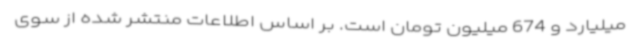
میلیارد و 674 میلیون تومان است. بر اساس اطلاعات منتشر شده از سوی